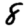
Digit: 8